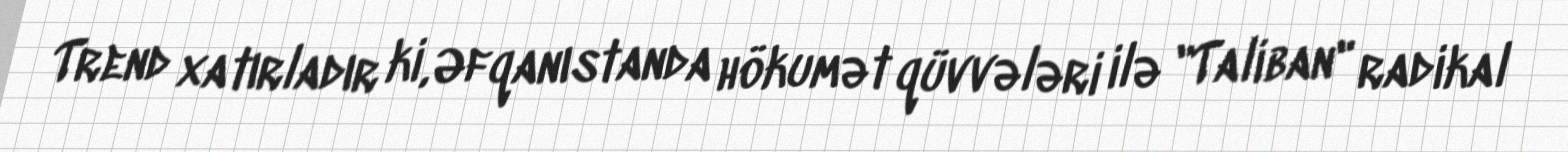
Trend xatırladır ki, Əfqanıstanda hökumət qüvvələri ilə "Taliban" radikal